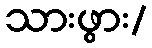
သားဖွား/